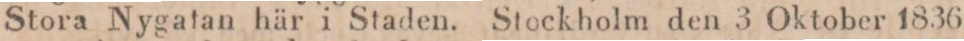
Stora Nygatan här i Staden. Stockholm den 3 Oktober 1836